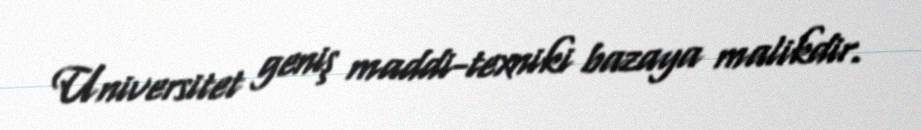
Universitet geniş maddi-texniki bazaya malikdir.